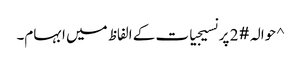
^ حوالہ #2 پر نسیجیات کے الفاظ میں ابہام۔